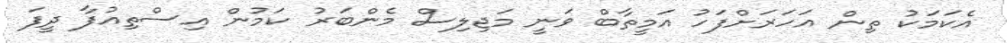
އެކަމަކު ތިން އަހަރަށްފަހު އަމީތާބް ވަނީ މަޖިލިސް މެންބަރު ކަމުން އިސްތިއުފާ ދީފަ